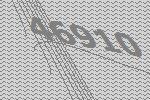
46910